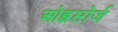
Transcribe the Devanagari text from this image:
ओह्नसोर्ज